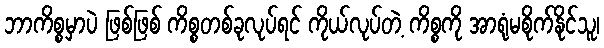
ဘာကိစ္စမှာပဲ ဖြစ်ဖြစ် ကိစ္စတစ်ခုလုပ်ရင် ကိုယ်လုပ်တဲ့ ကိစ္စကို အာရုံမစိုက်နိုင်သူ၊